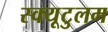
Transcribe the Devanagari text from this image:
स्क्यूटुलम